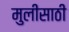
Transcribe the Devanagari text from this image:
मुलीसाठी